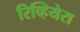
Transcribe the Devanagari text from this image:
रिव्हियेरा